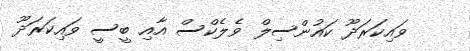
ވައިކަރަދޫ ކައުންސިލް ވެލެކްސް އާއި ބީސީ ވައިކަރަދޫ